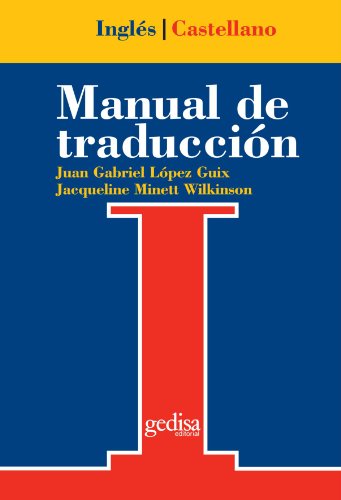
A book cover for Manual De Traduccion Ingles-Castellano (Serie Practica, Universitaria y Tecnica) (Spanish Edition); Juan Gabriel LÃ³pez Guix; Reference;